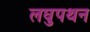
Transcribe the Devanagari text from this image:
लघुपथन